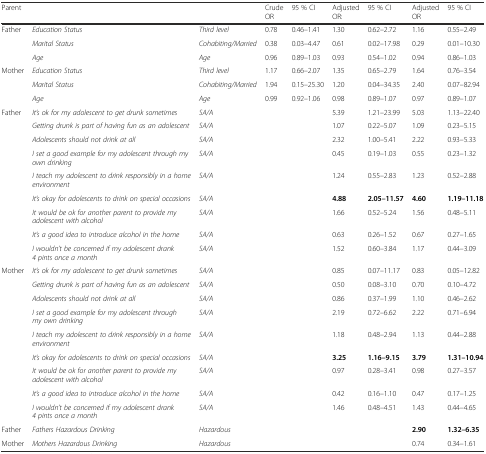
<table><thead><tr><td><b>Parent</b></td><td></td><td></td><td><b>Crude OR</b></td><td><b>95 % CI</b></td><td><b>Adjusted OR:</b></td><td><b>95 % CI</b></td><td><b>Adjusted OR</b></td><td><b>95 % CI</b></td></tr></thead><tbody><tr><td rowspan="3">Father</td><td><i>Education Status</i></td><td><i>Third level</i></td><td>0.78</td><td>0.46–1.41</td><td>1.30</td><td>0.62–2.72</td><td>1.16</td><td>0.55–2.49</td></tr><tr><td><i>Marital Status</i></td><td><i>Cohabiting/Married</i></td><td>0.38</td><td>0.03–4.47</td><td>0.61</td><td>0.02–17.98</td><td>0.29</td><td>0.01–10.30</td></tr><tr><td><i>Age</i></td><td><i>Age</i></td><td>0.96</td><td>0.89–1.03</td><td>0.93</td><td>0.54–1.02</td><td>0.94</td><td>0.86–1.03</td></tr><tr><td rowspan="3">Mother</td><td><i>Education Status</i></td><td><i>Third level</i></td><td>1.17</td><td>0.66–2.07</td><td>1.35</td><td>0.65–2.79</td><td>1.64</td><td>0.76–3.54</td></tr><tr><td><i>Marital Status</i></td><td><i>Cohabiting/Married</i></td><td>1.94</td><td>0.15–25.30</td><td>1.20</td><td>0.04–34.35</td><td>2.40</td><td>0.07–82.94</td></tr><tr><td><i>Age</i></td><td><i>Age</i></td><td>0.99</td><td>0.92–1.06</td><td>0.98</td><td>0.89–1.07</td><td>0.97</td><td>0.89–1.07</td></tr><tr><td rowspan="9">Father</td><td><i>It’s ok for my adolescent to get drunk sometimes</i></td><td><i>SA/A</i></td><td></td><td></td><td>5.39</td><td>1.21–23.99</td><td>5.03</td><td>1.13–22.40</td></tr><tr><td><i>Getting drunk is part of having fun as an adolescent</i></td><td><i>SA/A</i></td><td></td><td></td><td>1.07</td><td>0.22–5.07</td><td>1.09</td><td>0.23–5.15</td></tr><tr><td><i>Adolescents should not drink at all</i></td><td><i>SA/A</i></td><td></td><td></td><td>2.32</td><td>1.00–5.41</td><td>2.22</td><td>0.93–5.33</td></tr><tr><td><i>I set a good example for my adolescent through my own drinking</i></td><td><i>SA/A</i></td><td></td><td></td><td>0.45</td><td>0.19–1.03</td><td>0.55</td><td>0.23–1.32</td></tr><tr><td><i>I teach my adolescent to drink responsibly in a home environment</i></td><td><i>SA/A</i></td><td></td><td></td><td>1.24</td><td>0.55–2.83</td><td>1.23</td><td>0.52–2.88</td></tr><tr><td><i>It’s okay for adolescents to drink on special occasions</i></td><td><i>SA/A</i></td><td></td><td></td><td><b>4.88</b></td><td><b>2.05–11.57</b></td><td><b>4.60</b></td><td><b>1.19–11.18</b></td></tr><tr><td><i>It would be ok for another parent to provide my adolescent with alcohol</i></td><td><i>SA/A</i></td><td></td><td></td><td>1.66</td><td>0.52–5.24</td><td>1.56</td><td>0.48–5.11</td></tr><tr><td><i>It’s a good idea to introduce alcohol in the home</i></td><td><i>SA/A</i></td><td></td><td></td><td>0.63</td><td>0.26–1.52</td><td>0.67</td><td>0.27–1.65</td></tr><tr><td><i>I wouldn’t be concerned if my adolescent drank 4 pints once a month</i></td><td><i>SA/A</i></td><td></td><td></td><td>1.52</td><td>0.60–3.84</td><td>1.17</td><td>0.44–3.09</td></tr><tr><td rowspan="9">Mother</td><td><i>It’s ok for my adolescent to get drunk sometimes</i></td><td><i>SA/A</i></td><td></td><td></td><td>0.85</td><td>0.07–11.17</td><td>0.83</td><td>0.05–12.82</td></tr><tr><td><i>Getting drunk is part of having fun as an adolescent</i></td><td><i>SA/A</i></td><td></td><td></td><td>0.50</td><td>0.08–3.10</td><td>0.70</td><td>0.10–4.72</td></tr><tr><td><i>Adolescents should not drink at all</i></td><td><i>SA/A</i></td><td></td><td></td><td>0.86</td><td>0.37–1.99</td><td>1.10</td><td>0.46–2.62</td></tr><tr><td><i>I set a good example for my adolescent through my own drinking</i></td><td><i>SA/A</i></td><td></td><td></td><td>2.19</td><td>0.72–6.62</td><td>2.22</td><td>0.71–6.94</td></tr><tr><td><i>I teach my adolescent to drink responsibly in a home environment</i></td><td><i>SA/A</i></td><td></td><td></td><td>1.18</td><td>0.48–2.94</td><td>1.13</td><td>0.44–2.88</td></tr><tr><td><i>It’s okay for adolescents to drink on special occasions</i></td><td><i>SA/A</i></td><td></td><td></td><td><b>3.25</b></td><td><b>1.16–9.15</b></td><td><b>3.79</b></td><td><b>1.31–10.94</b></td></tr><tr><td><i>It would be ok for another parent to provide my adolescent with alcohol</i></td><td><i>SA/A</i></td><td></td><td></td><td>0.97</td><td>0.28–3.41</td><td>0.98</td><td>0.27–3.57</td></tr><tr><td><i>It’s a good idea to introduce alcohol in the home</i></td><td><i>SA/A</i></td><td></td><td></td><td>0.42</td><td>0.16–1.10</td><td>0.47</td><td>0.17–1.25</td></tr><tr><td><i>I wouldn’t be concerned if my adolescent drank 4 pints once a month</i></td><td><i>SA/A</i></td><td></td><td></td><td>1.46</td><td>0.48–4.51</td><td>1.43</td><td>0.44–4.65</td></tr><tr><td>Father</td><td><i>Fathers Hazardous Drinking</i></td><td><i>Hazardous</i></td><td></td><td></td><td></td><td></td><td><b>2.90</b></td><td><b>1.32–6.35</b></td></tr><tr><td>Mother</td><td><i>Mothers Hazardous Drinking</i></td><td><i>Hazardous</i></td><td></td><td></td><td></td><td></td><td>0.74</td><td>0.34–1.61</td></tr></tbody></table>